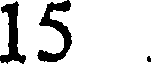
15